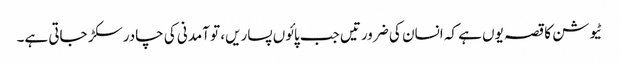
ٹیوشن کا قصہ یوں ہے کہ انسان کی ضرورتیں جب پائوں پساریں، تو آمدنی کی چادر سکڑ جاتی ہے۔